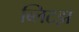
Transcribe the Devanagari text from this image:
ब्लिटझ